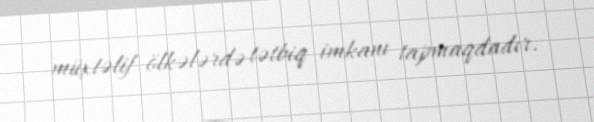
müxtəlif ölkələrdə tətbiq imkanı tapmaqdadır.